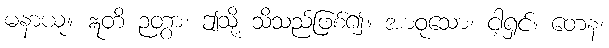
မနာယူ။ ဣတိ ဉတွာ၊ ဤသို့ သိသည်ဖြစ်၍။ အာဝုသော၊ ငါ့ရှင်။ တေန၊